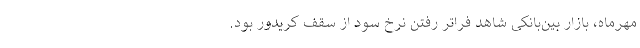
مهرماه، بازار بین‌بانکی شاهد فراتر رفتن نرخ سود از سقف کریدور بود.